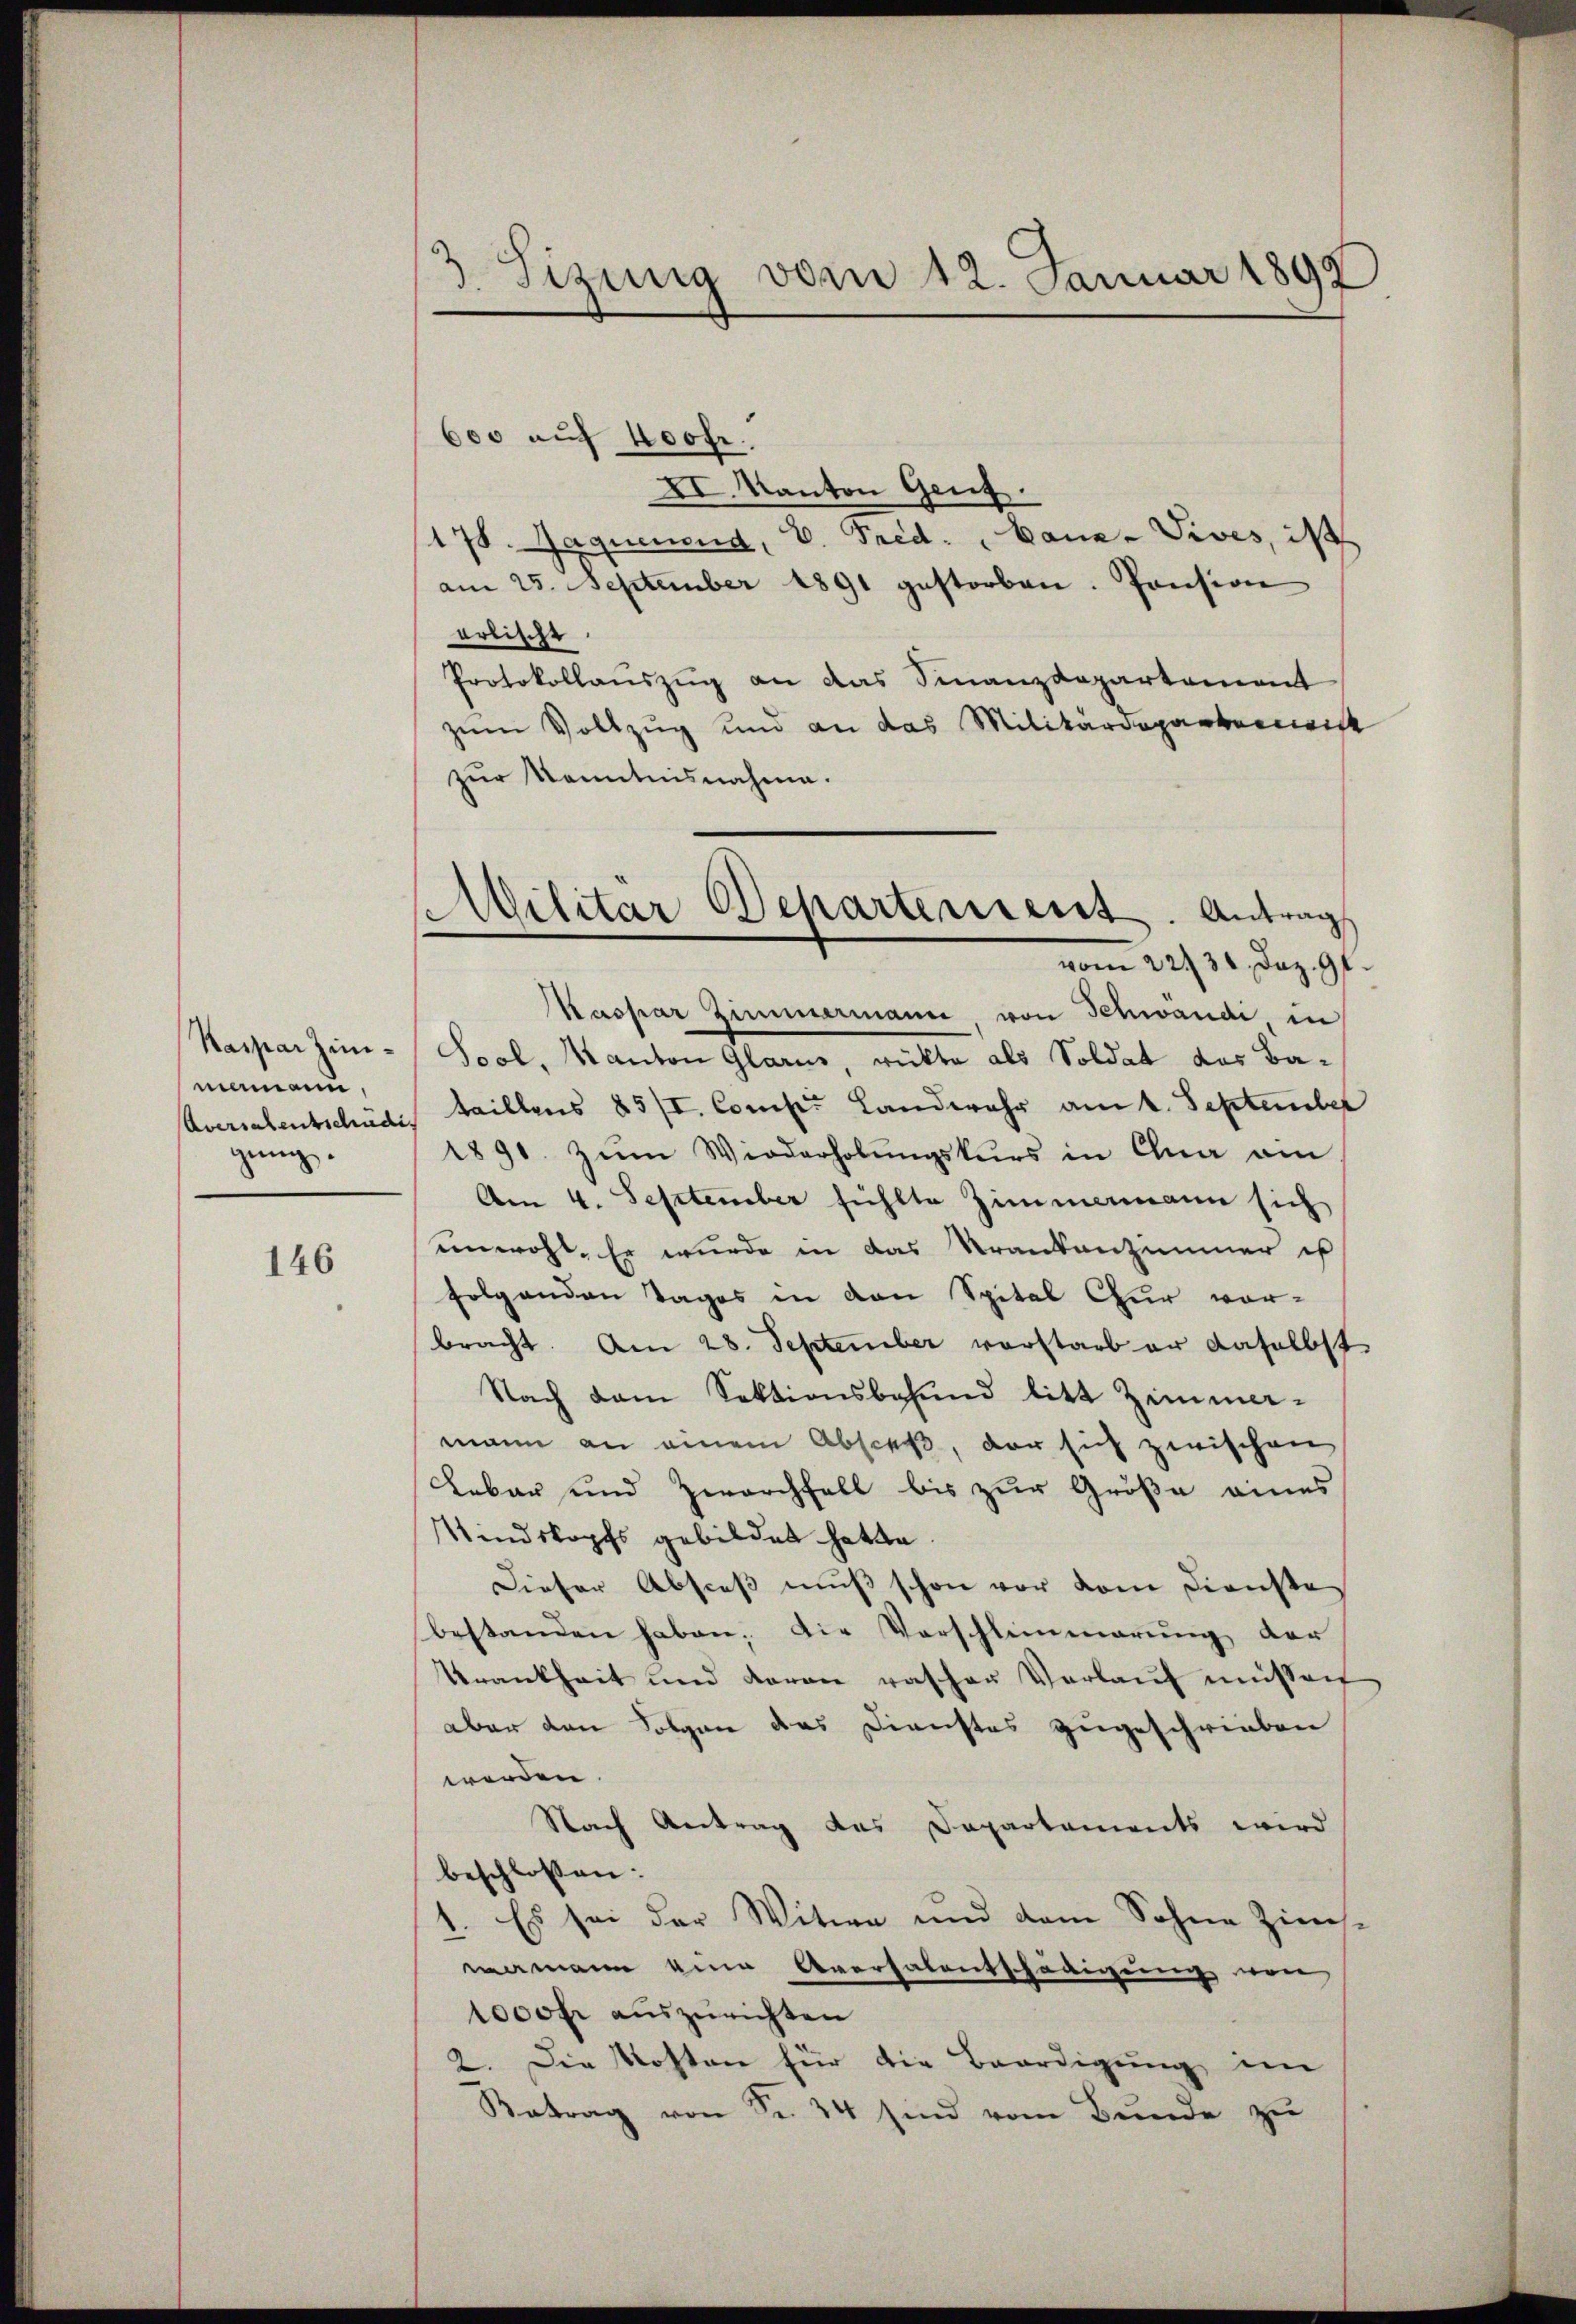
Kaspar Zimmamann,
Aversalentschädi
gung.

146

3. Sizung vom 12. Januar 1898

600 auf Koofr.
XI. Kanton Genz.
175. Jaquemend, D. Pred. " Bauer Vives, ist
am 25. September 1891 gestorben. Pension
arlischt.
Protokollauszug an das Finanzdepartement
zum Vollzug und an das Militärdepartanewitt
zur Kenntnisnahme.
Kaspar Zimmermann, von Schwandi in
Sool, Kanton Glarus, rückte als Soldat das Bataillens 85/I. Comp. Landwehr am 1. September
1891. zŭm Wiederholŭngskurs in Clua ain
Am 4. September fühlte Zimmermann sich
unwohl. Er wurde in das Krankenzimmer is
folgenden Tages in den Spital Chur vor-
bracht. Am 28. September vorstarb er daselbst
Nach dem Sektionsbehand litt Zimmer-
mann an einem Absceß, der sich zwischen
Lebar und Zwarchfall bis zur Größe eines
Stindskopfs gebildet hatte.
Dieser Absceß muß schon vor vom Dienste
bestanden haben, die Vorschlimmerung der
Krankheit und daran rascher Verlaŭf müssen
aber den Folgen das Dienstes zugeschrieben
werden.
Nach Antrag das Departements wird
beschlossen:
1. Es sei der Witwe und dem Sohne Zins-
mamann eine Aversalentschädigung von
1000 fr auszurichten
2. Die Kosten für die Beerdigung im
Betrag von Fr. 24 sind vom Bunde zu

Militar Departement. Antrag
vom 22. 30. Dez. 91